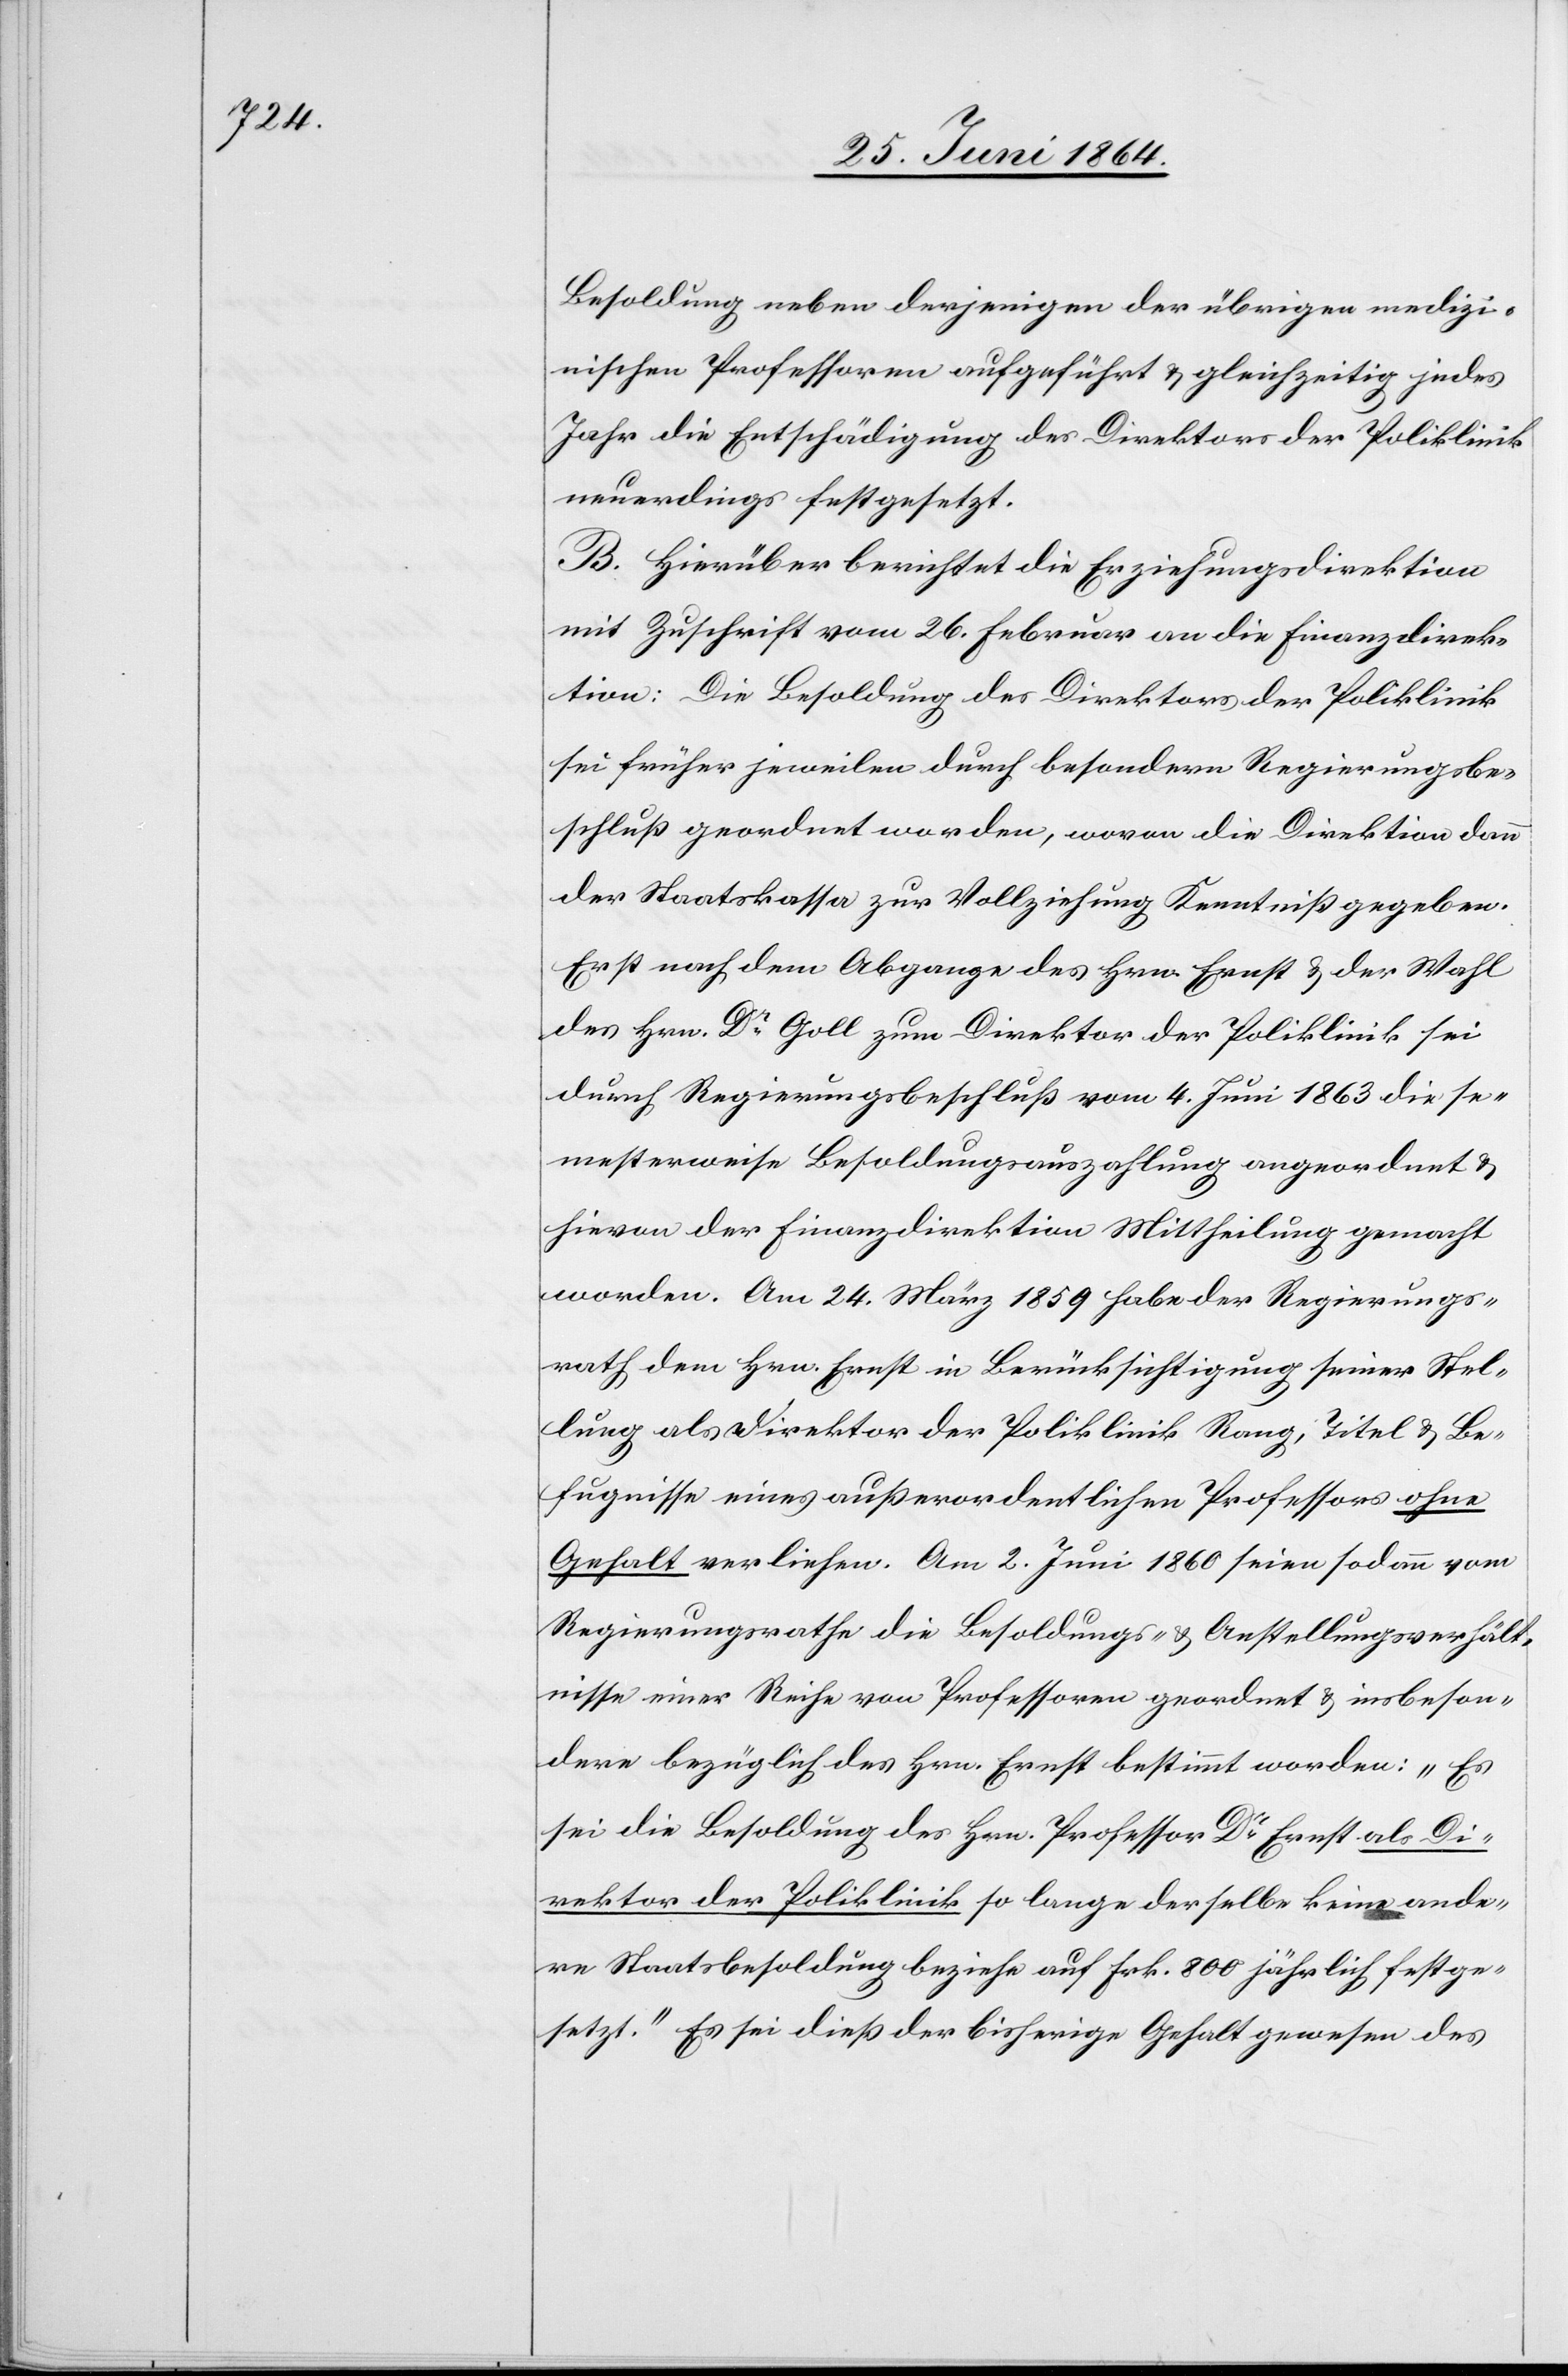
Besoldung neben derjenigen der übrigen medizi¬
nischen Professoren aufgeführt u. gleichzeitig jedes
Jahr die Entschädigung des Direktors der Poliklinik
neuerdings festgesetzt.
B. Hierüber berichtet die Erziehungsdirektion
mit Zuschrift vom 26. Februar an die Finanzdirek¬
tion: Die Besoldung des Direktors der Poliklinik
sei früher jeweilen durch besondern Regierungsbe¬
schluß geordnet worden, wovon die Direktion dann
der Staatskassa zur Vollziehung Kenntniß gegeben.
Erst nach dem Abgange des Hrn. Ernst u. der Wahl
des Hrn. Dr Goll zum Direktor der Poliklinik sei
durch Regierungsbeschluß vom 4. Juni 1863 die se¬
mesterweise Besoldungsauszahlung angeordnet u.
hievon der Finanzdirektion Mittheilung gemacht
worden. Am 24. März 1859 habe der Regierungs¬
rath dem Hrn. Ernst in Berücksichtigung seiner Stel¬
lung als Direktor der Poliklinik Rang, Titel u. Be¬
fugnisse eines außerordentlichen Professors ohne
Gehalt verliehen. Am 2. Juni 1860 seien sodann vom
Regierungsrathe die Besoldungs- u. Anstellungsverhält¬
nisse einer Reihe von Professoren geordnet u. insbeson¬
dere bezüglich des Hrn. Ernst bestimmt worden: „Es
sei die Besoldung des Hrn. Professor Dr Ernst als Di¬
rektor der Poliklinik so lange derselbe keine ande¬
re Staatsbesoldung beziehe auf Frk. 800 jährlich festge¬
setzt.“ Es sei dieß der bisherige Gehalt gewesen des